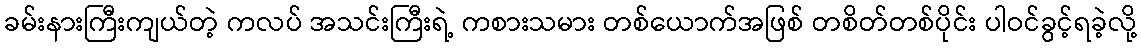
ခမ်းနားကြီးကျယ်တဲ့ ကလပ် အသင်းကြီးရဲ့ ကစားသမား တစ်ယောက်အဖြစ် တစိတ်တစ်ပိုင်း ပါဝင်ခွင့်ရခဲ့လို့